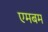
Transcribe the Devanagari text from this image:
एमबम